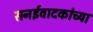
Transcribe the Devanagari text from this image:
सनईवादकांच्या